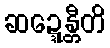
ဆဍ္ဍေန္တီတိ